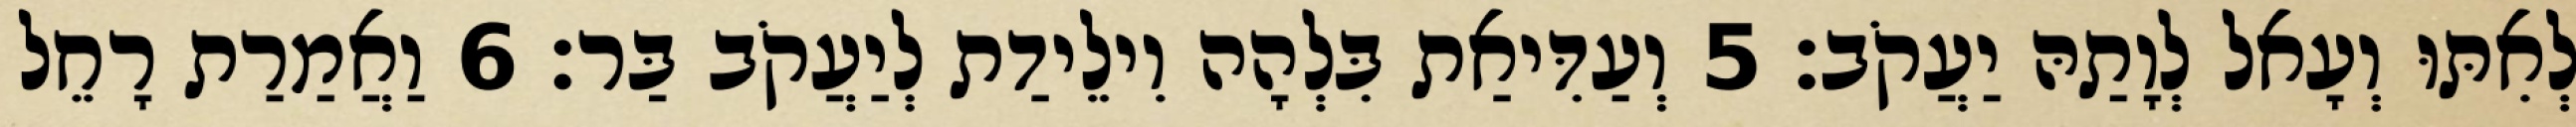
לְאִתּוּ וְעָאל לְוָתַהּ יַעֲקֹב׃ 5 וְעַדִּיאַת בִּלְהָה וִילֵידַת לְיַעֲקֹב בַּר׃ 6 וַאֲמַרַת רָחֵל